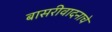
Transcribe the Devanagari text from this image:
बासरीवादनाचे